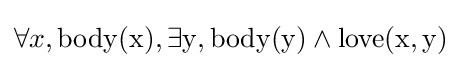
{\textstyle \forall x,{\rm {{body}(x),\exists y,{\rm {{body}(y)\wedge {\rm {{love}(x,y)}}}}}}}